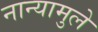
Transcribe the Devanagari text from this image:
नान्यामुले